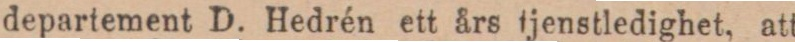
departement D. Hedrén ett års tjenstledighet, att